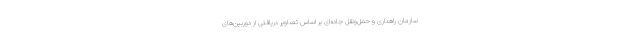
سازمان راهداری و حمل‌ونقل جاده‌ای بر اساس تصاویر دریافتی از دوربین‌های